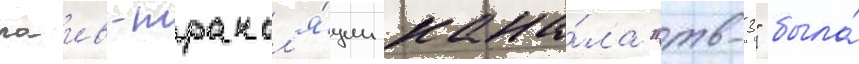
лаив-трансл'я́ции кана́ла "тв-3" была́